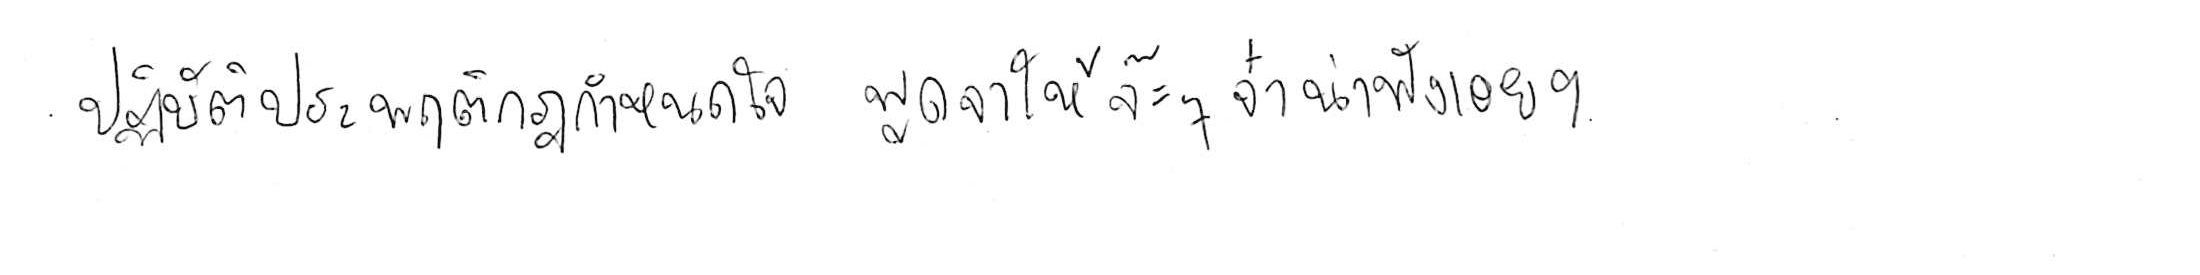
ปฏิบัติประพฤติกฎกำหนดใจ พูดจาให้จ๊ะๆ จ๋า น่าฟังเอยฯ